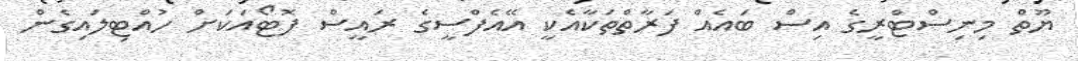
ޔޫތް މިނިސްޓްރީގެ އިސް ބައެއް ފަރާތްތަކާއެކީ އޭއެފްސީގެ ރައީސް ފޮޓޯއަކަށް ހުއްޓިލައިގެން